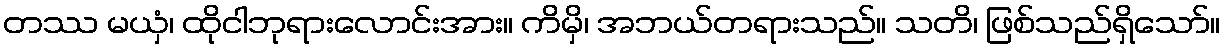
တဿ မယှံ၊ ထိုငါဘုရားလောင်းအား။ ကိမှိ၊ အဘယ်တရားသည်။ သတိ၊ ဖြစ်သည်ရှိသော်။